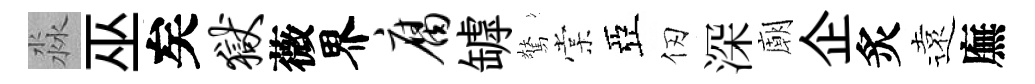
淼巫矣狱薇界腐罅驚棠亞仞深廟企炙遠廡